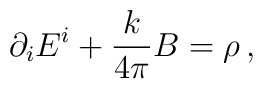
\partial_i E^i +\frac{k}{4\pi}B = \rho\, ,